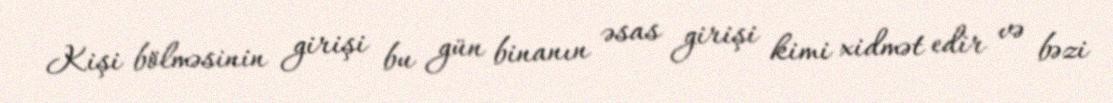
Kişi bölməsinin girişi bu gün binanın əsas girişi kimi xidmət edir və bəzi